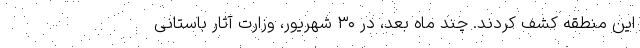
این منطقه کشف کردند. چند ماه بعد، در ۳۰ شهریور، وزارت آثار باستانی